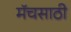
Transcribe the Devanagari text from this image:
मॅचसाठी